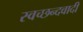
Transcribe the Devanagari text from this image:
स्वच्छन्दवादी